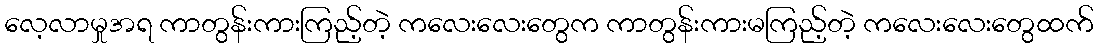
လေ့လာမှုအရ ကာတွန်းကားကြည့်တဲ့ ကလေးလေးတွေက ကာတွန်းကားမကြည့်တဲ့ ကလေးလေးတွေထက်